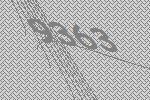
9363